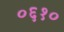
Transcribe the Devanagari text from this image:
०६१०